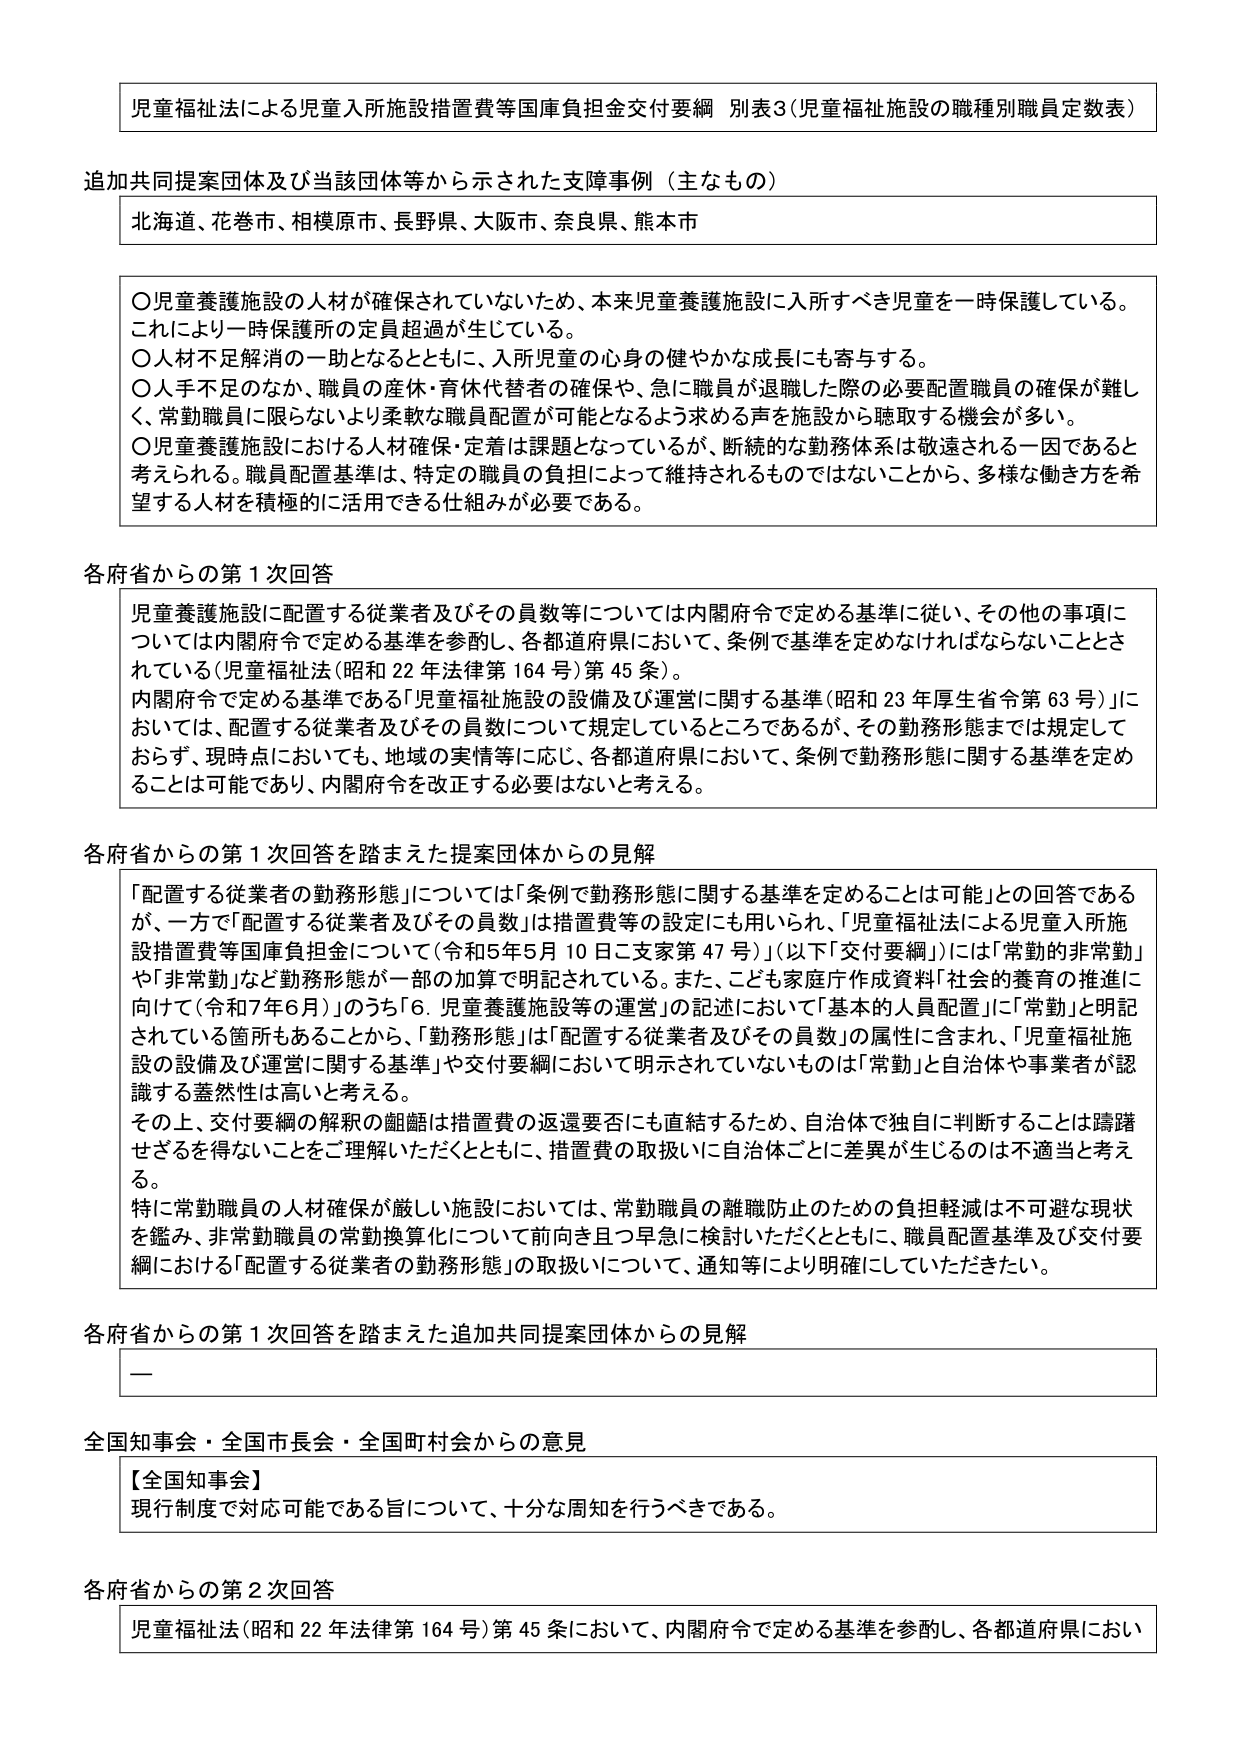
児童福祉法による児童入所施設措置費等国庫負担金交付要綱 別表3（児童福祉施設の職種別職員定数表）

追加共同提案団体及び当該団体等から示された支援事例（主なもの）
北海道、花巻市、相模原市、長野県、大阪市、奈良県、熊本市

〇児童養護施設の人材が確保されていないため、本来児童養護施設に入所すべき児童を一時保護している。これにより一時保護所の定員超過が生じている。
〇人材不足解消の一助となるとともに、入所児童の心身の健やかな成長にも寄与する。
〇人手不足のなか、職員の座枠・育休代替者の確保や、急に職員が退職した際の必要配置職員の確保が難しく、常勤職員に限らないより柔軟な職員配置が可能となるよう求める声を施設から聴取する機会が多い。
〇児童養護施設における人材確保・定着は課題となっているが、断続的な勤務体系は敬遠される一因であると考えられる。職員配置基準は、特定の職員の負担によって維持されるものではないことから、多様な働き方を希望する人材を積極的に活用できる仕組みが必要である。

各府省からの第1次回答
児童養護施設に配置する従業者及びその員数等については内閣府令で定める基準に従い、その他の事項については内閣府令で定める基準を参酌し、各都道府県において、条例で基準を定めなければならないこととされている（児童福祉法（昭和22年法律第164号）第45条）。
内閣府令で定める基準である「児童福祉施設の設備及び運営に関する基準（昭和23年厚生省令第63号）」においては、配置する従業者及びその員数について規定しているところであるが、その勤務形態までは規定しておらず、現時点においても、地域の実情等に応じ、各都道府県において、条例で勤務形態に関する基準を定めることは可能であり、内閣府令を改正する必要はないと考える。

各府省からの第1次回答を踏まえた提案団体からの見解
「配置する従業者の勤務形態」については「条例で勤務形態に関する基準を定めることは可能」との回答であるが、一方で「配置する従業者及びその員数」は措置費等の設定にも用いられ、「児童福祉法による児童入所施設措置費等国庫負担金について（令和5年5月10日ご支家第47号）」（以下「交付要綱」）には「常勤的非常勤」や「非常勤」など勤務形態が一部の加算で明記されている。また、こども家庭庁作成資料「社会的養育の推進に向けて（令和7年6月）」のうち「6. 児童養護施設等の運営」の記述において「基本的人員配置」に「常勤」と明記されている箇所もあることから、「勤務形態」は「配置する従業者及びその員数」の属性に含まれ、「児童福祉施設の設備及び運営に関する基準」や交付要綱において明示されていないものは「常勤」と自治体や事業者が認識する蓋然性は高いと考える。
その上、交付要綱の解釈の齟齬は措置費の返還要否にも直結するため、自治体で独自に判断することは躊躇せざるを得ないことをご理解いただくとともに、措置費の取扱いに自治体ごとに差異が生じるのは不適当と考える。
特に常勤職員の人材確保が厳しい施設においては、常勤職員の離職防止のための負担軽減は不可避な現状を鑑み、非常勤職員の常勤換算化について前向き且つ早急に検討いただくとともに、職員配置基準及び交付要綱における「配置する従業者の勤務形態」の取扱いについて、通知等により明確にしていただきたい。

各府省からの第1次回答を踏まえた追加共同提案団体からの見解
—

全国知事会・全国市長会・全国町村会からの意見
【全国知事会】
現行制度で対応可能である旨について、十分な周知を行うべきである。

各府省からの第2次回答
児童福祉法（昭和22年法律第164号）第45条において、内閣府令で定める基準を参酌し、各都道府県におい